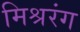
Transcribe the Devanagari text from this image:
मिश्ररंग